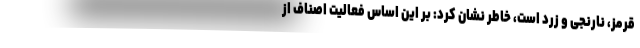
قرمز، نارنجی و زرد است، خاطر نشان کرد: بر این اساس فعالیت اصناف از